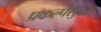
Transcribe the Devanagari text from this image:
प्रकल्पसुद्धा